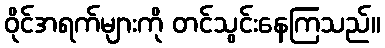
ဝိုင်အရက်များကို တင်သွင်းနေကြသည်။